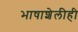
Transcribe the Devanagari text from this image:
भाषाशेलीही